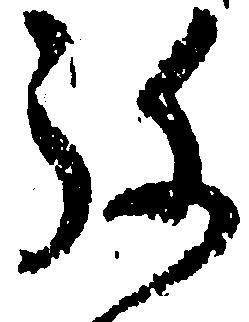
弥